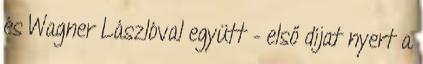
és Wagner Lászlóval együtt – első díjat nyert a